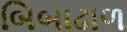
બિબાઢાળ